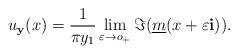
LaTeX: \begin{align*} u_{\bf y}(x)=\frac{1}{\pi y_1}\lim\limits_{\varepsilon \to o_+ }\Im(\underline{m}(x+\varepsilon {\bf i})). \end{align*}